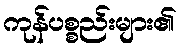
ကုန်ပစ္စည်းများ၏